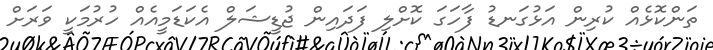
ތަންކޮޅެއް ކުރިން އަޅުގަނޑު ފާހަގަ ކޮށްލި ފަދައިން ޖުޑީޝަލް އެކަޑަމީއެއް ހުރުމަކީ ވަރަށް